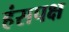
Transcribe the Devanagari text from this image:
हंसपक्ष